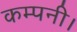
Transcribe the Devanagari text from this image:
कम्‍पनी।